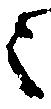
之